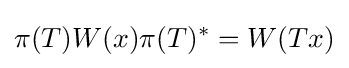
\pi (T)W(x)\pi (T)^{*}=W(Tx)